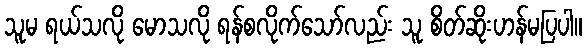
သူမ ရယ်သလို မောသလို ရန်စလိုက်သော်လည်း သူ စိတ်ဆိုးဟန်မပြပါ။